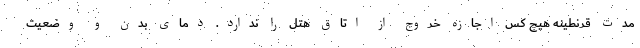
مدتِ قرنطینه هیچ کس اجازه خروج از اتاقِ هتل را ندارد. دمای بدن و وضعیت